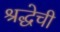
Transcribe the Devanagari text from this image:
श्रद्धेची